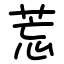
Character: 莣